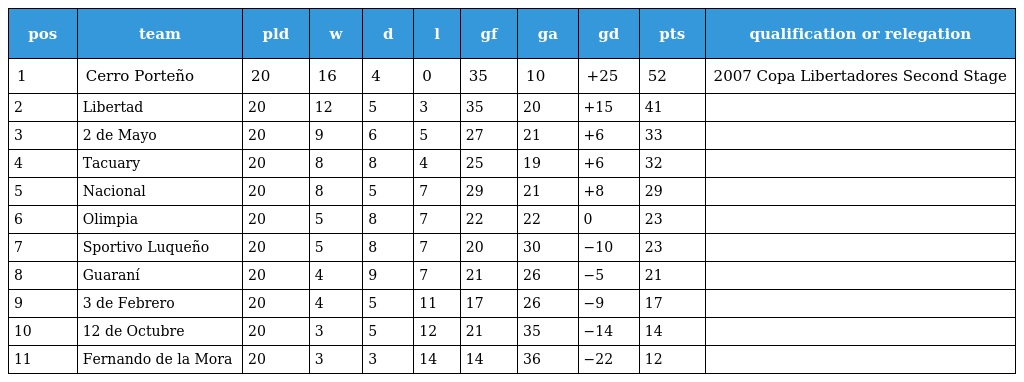
| pos | team | pld | w | d | l | gf | ga | gd | pts | qualification or relegation |
 | --- | --- | --- | --- | --- | --- | --- | --- | --- | --- | --- |
 | 1 | Cerro Porteño | 20 | 16 | 4 | 0 | 35 | 10 | +25 | 52 | 2007 Copa Libertadores Second Stage |
 | 2 | Libertad | 20 | 12 | 5 | 3 | 35 | 20 | +15 | 41 |  |
 | 3 | 2 de Mayo | 20 | 9 | 6 | 5 | 27 | 21 | +6 | 33 |  |
 | 4 | Tacuary | 20 | 8 | 8 | 4 | 25 | 19 | +6 | 32 |  |
 | 5 | Nacional | 20 | 8 | 5 | 7 | 29 | 21 | +8 | 29 |  |
 | 6 | Olimpia | 20 | 5 | 8 | 7 | 22 | 22 | 0 | 23 |  |
 | 7 | Sportivo Luqueño | 20 | 5 | 8 | 7 | 20 | 30 | −10 | 23 |  |
 | 8 | Guaraní | 20 | 4 | 9 | 7 | 21 | 26 | −5 | 21 |  |
 | 9 | 3 de Febrero | 20 | 4 | 5 | 11 | 17 | 26 | −9 | 17 |  |
 | 10 | 12 de Octubre | 20 | 3 | 5 | 12 | 21 | 35 | −14 | 14 |  |
 | 11 | Fernando de la Mora | 20 | 3 | 3 | 14 | 14 | 36 | −22 | 12 |  |